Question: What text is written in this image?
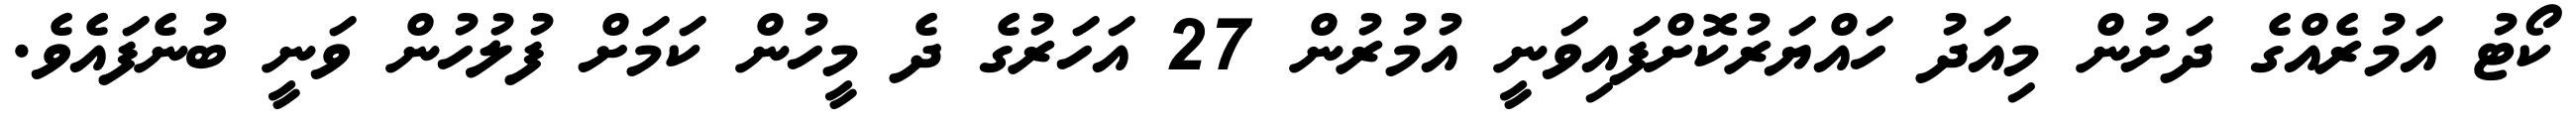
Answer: ކޯޓު އަމުރެއްގެ ދަށުން މިއަދު ހައްޔަރުކޮށްފައިވަނީ އުމުރުން 27 އަހަރުގެ ދެ މީހުން ކަމަށް ފުލުހުން ވަނީ ބުނެފައެވެ.